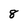
Character: 8